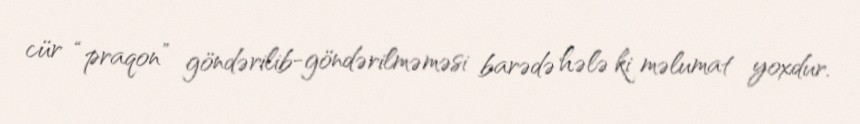
cür “praqon” göndərilib-göndərilməməsi barədə hələ ki məlumat yoxdur.